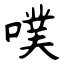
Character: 噗